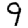
Digit: 9